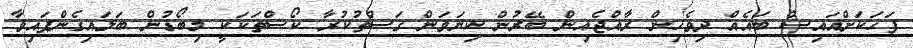
ފަހަކަށްއައިސް ބައެއް ދިވެހިން ރާއްޖެއިން ބޭރުން ކިޔަވަން ގަސްތުކުރާ ކޯސްތަކަކީ މިބޯޑުން ބަލައިގެންފައިވާ